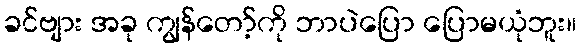
ခင်ဗျား အခု ကျွန်တော့်ကို ဘာပဲပြော ပြောမယုံဘူး။